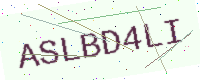
Text: ASLBD4LI